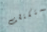
ستكتشف